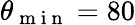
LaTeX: \theta_{\mathrm{~m~i~n~}}=80